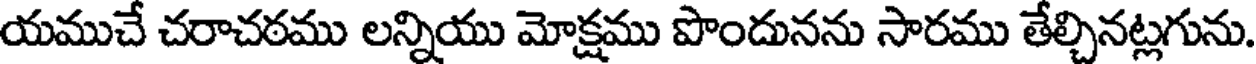
యముచే చరాచఠము లన్నియు మోక్షము పొందునను సారము తేల్చినట్లగును